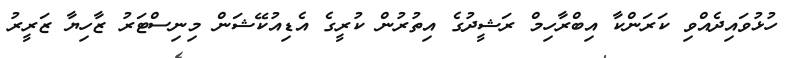
ހުޅުވައިދެއްވި ކަރަންކާ އިބްރާހިމް ރަޝީދުގެ އިތުރުން ކުރީގެ އެޑިއުކޭޝަން މިނިސްޓަރު ޒާހިޔާ ޒަރީރު